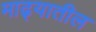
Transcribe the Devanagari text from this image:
माढ्यातील